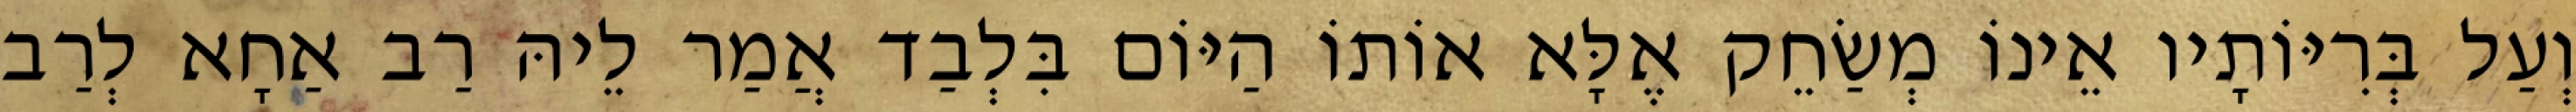
וְעַל בְּרִיּוֹתָיו אֵינוֹ מְשַׂחֵק אֶלָּא אוֹתוֹ הַיּוֹם בִּלְבַד אֲמַר לֵיהּ רַב אַחָא לְרַב